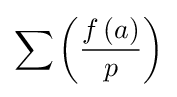
\sum \left({\frac {f\left(a\right)}{p}}\right)